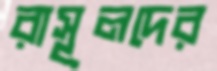
রাসূলদের